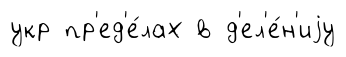
укр пр'ед'е́лах в д'ел'е́н'иjу